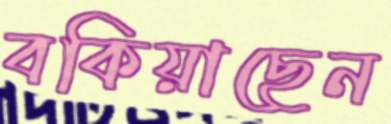
বকিয়াছেন